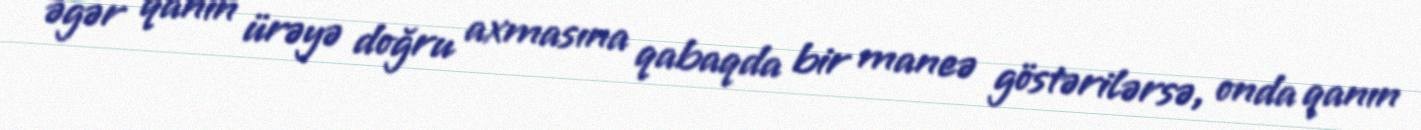
əgər qanın ürəyə doğru axmasına qabaqda bir maneə göstərilərsə, onda qanın